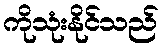
ကိုသုံးနိုင်သည်